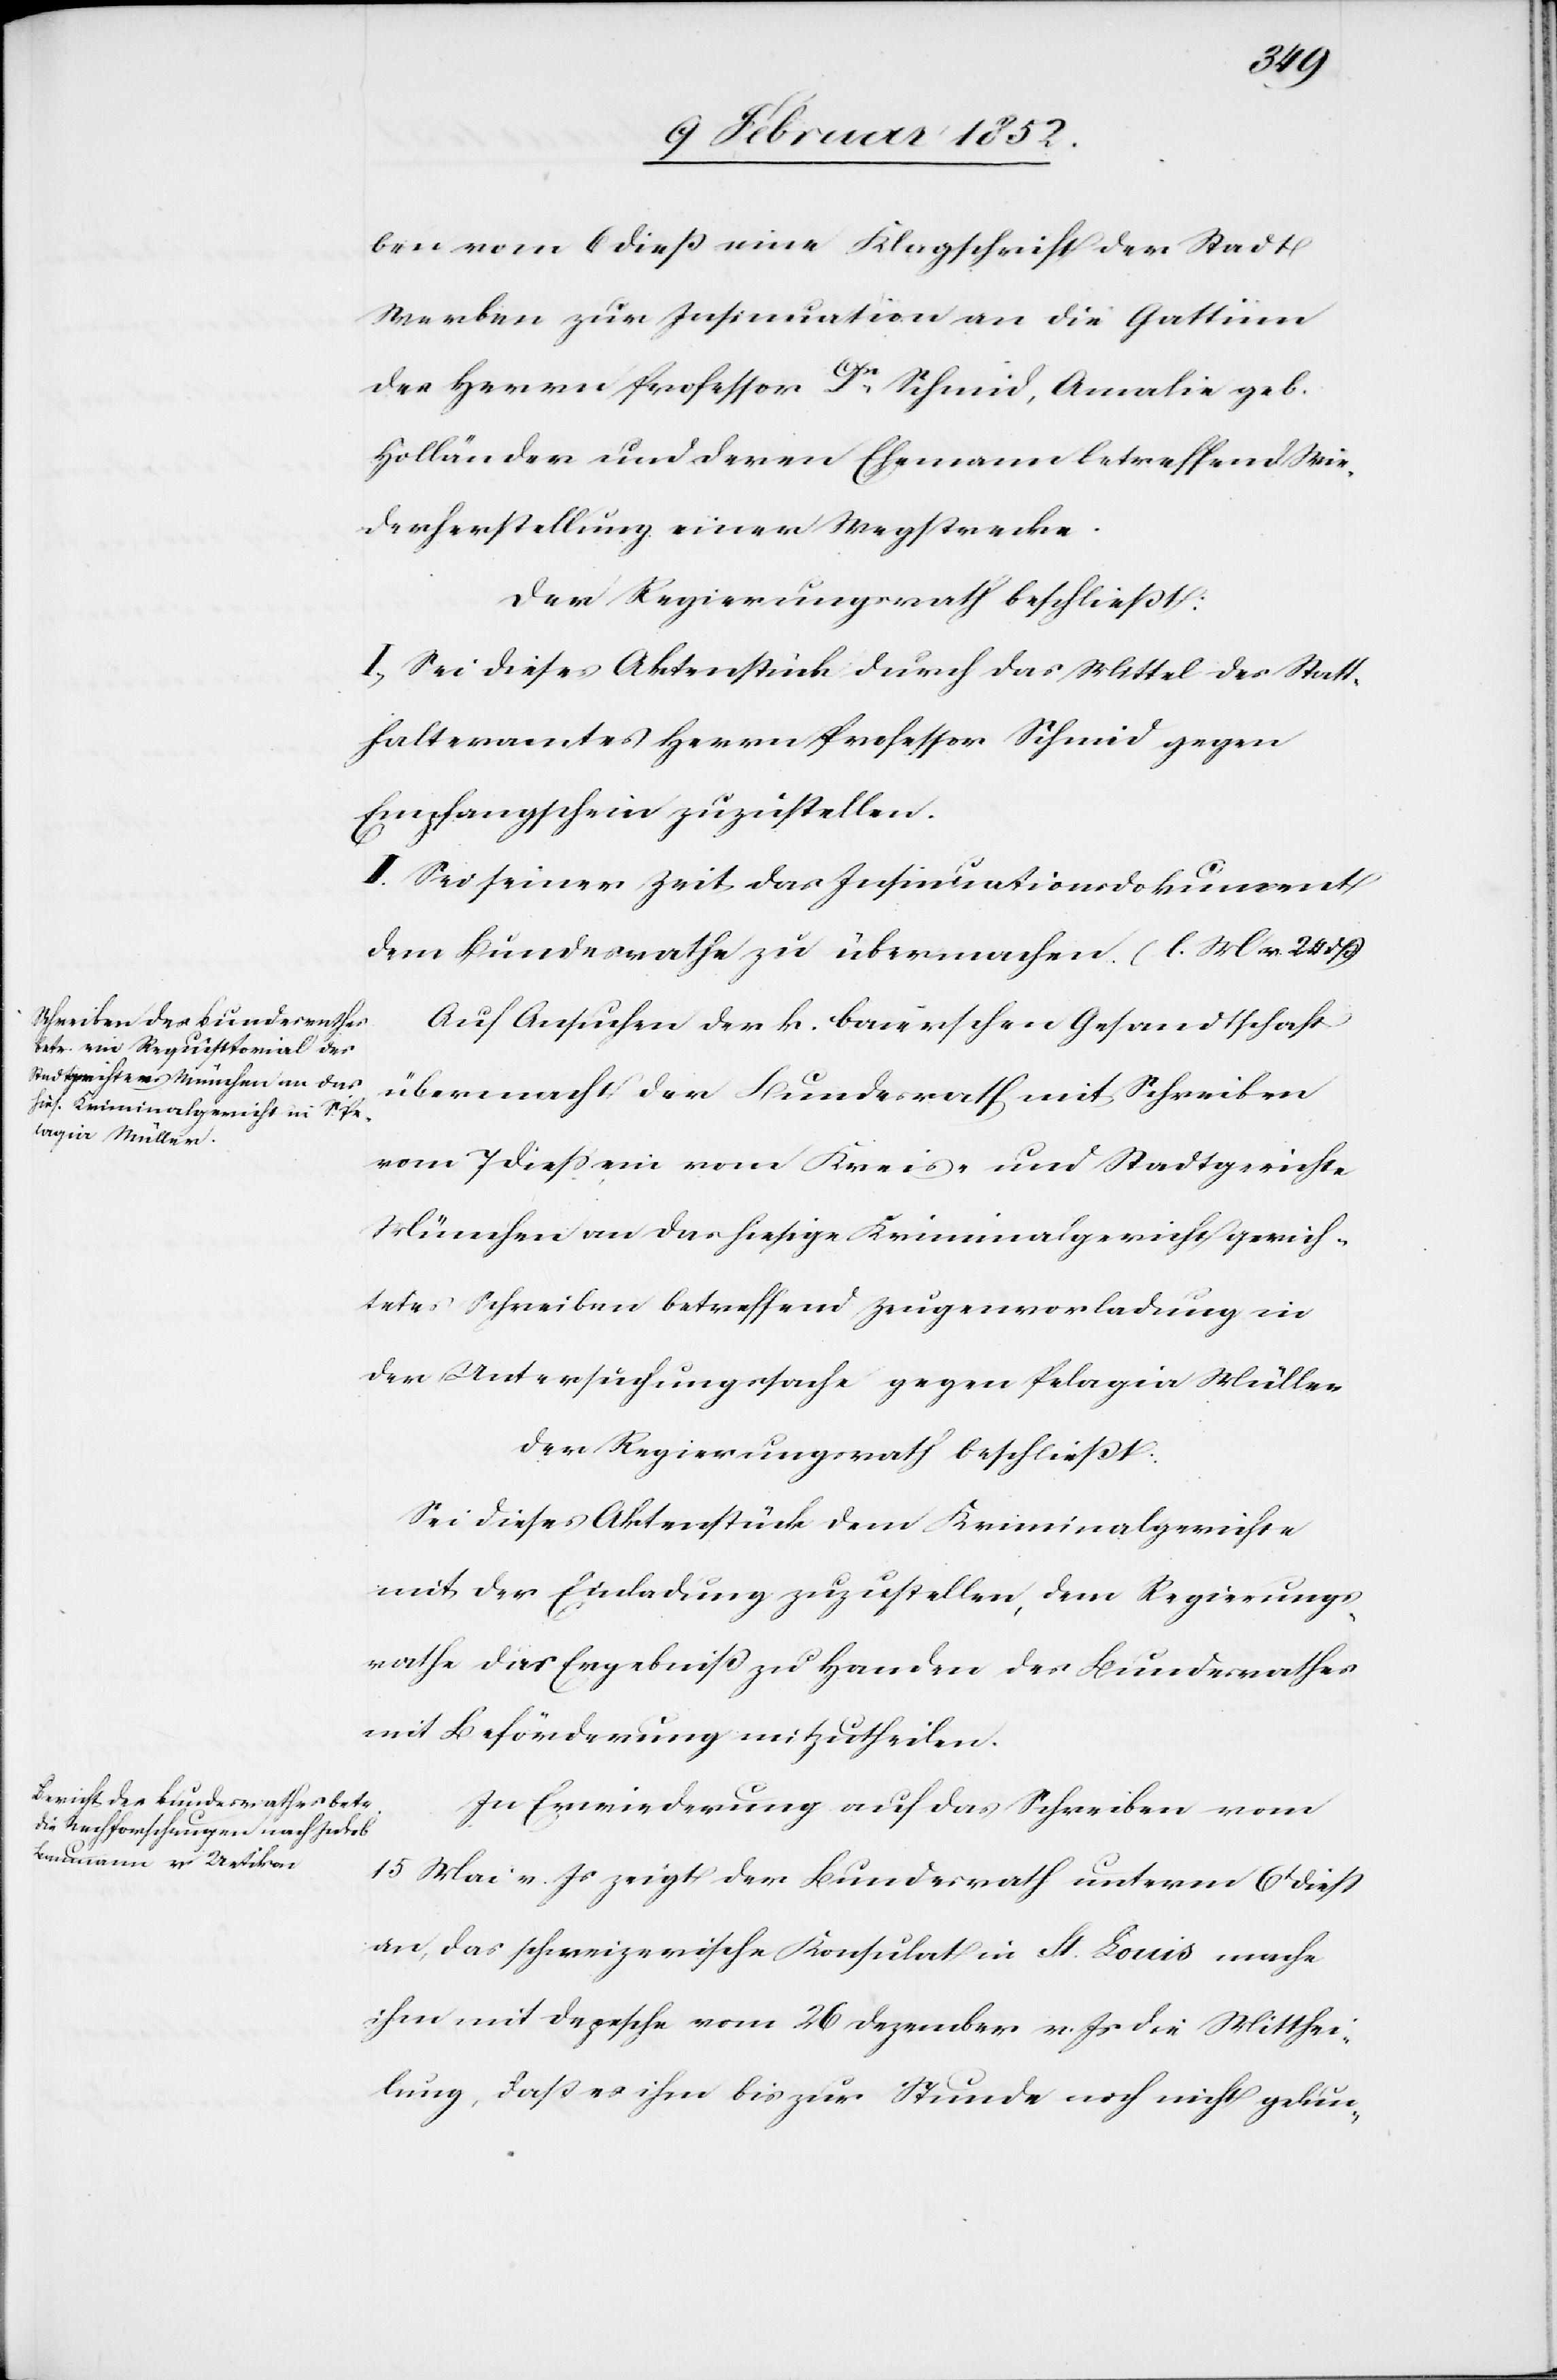
ben vom 6 dieß eine Klagschrift der Stadt
Werben zur Insinuation an die Gattinn
des Herrn Professor Dr. Schmid, Amalie geb.
Holländer und deren Ehemann betreffend Wie¬
derherstellung einer Wegstrecke.
Der Regierungsrath beschließt:
I.) Sei dieses Aktenstück durch das Mittel des Statt¬
halteramtes Herrn Professor Schmid gegen
Empfangschein zuzustellen.
II.) Sei seiner Zeit das Insinuationsdokument
dem Bundesrathe zu übermachen. (L. M v. 20 dß)
Auf Ansuchen der k. baierschen Gesandtschaft
übermacht der Bundesrath mit Schreiben
vom 7 dieß ein vom Kreise und Stadtgerichte
München an das hiesige Kriminalgericht gerich¬
tete Schreiben betreffend Zeugenvorladung in
der Untersuchungssache gegen Pelagia Müller.
Der Regierungsrath beschließt:
Sei dieses Aktenstück dem Kriminalgerichte
mit der Einladung zuzustellen, dem Regierungs¬
rathe das Ergebniß zu Handen des Bundesrathes
mit Beförderung mitzutheilen.
In Erwiederung auf das Schreiben vom
15 Mai v. Js zeigt der Bundesrath unterm 6t dieß
an, das schweizerische Konsulat in St. Louis mache
ihm mit Depesche vom 26 Dezember v. Js die Mitthei¬
lung, daß es ihm bis zur Stunde noch nicht gelun-